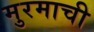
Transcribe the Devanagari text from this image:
मुरमाची